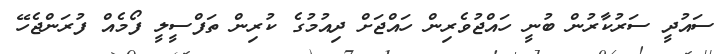
ސައުދީ ސަރުކާރުން ބުނީ ހައްޖުވެރިން ހައްޖަށް ދިއުމުގެ ކުރިން ތަފްސީލީ ފޯމެއް ފުރަންޖެހޭ